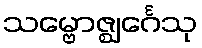
သမ္ဗောဇ္ဈင်္ဂေသု